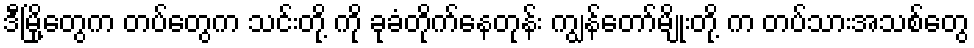
ဒီမြို့တွေက တပ်တွေက သင်းတို့ ကို ခုခံတိုက်နေတုန်း ကျွန်တော်မျိုးတို့ က တပ်သားအသစ်တွေ